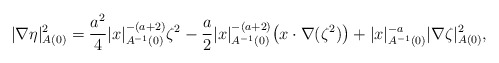
\begin{align*}|\nabla \eta|^2_{A(0)} = \frac{a^2}{4} |x|_{A^{-1}(0)}^{-(a+2)} \zeta^2- \frac{a}{2} |x|_{A^{-1}(0)}^{-(a+2)} \big(x \cdot \nabla(\zeta^2) \big)+ |x|_{A^{-1}(0)}^{-a} |\nabla \zeta|^2_{A(0)},\end{align*}